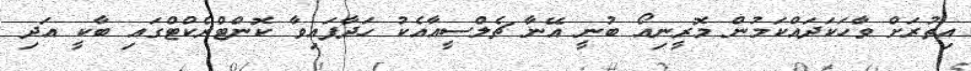
އިތުރަށް ވާހަކަދައްކަމުން މޮރީނިއޯ ބުނީ އޭނާ ޗެލްސީއާއެކު ހަދާފައިވާ ކޮންޓްރެކްޓްގައި ބާކީ އަދި